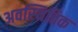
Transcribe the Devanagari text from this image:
अवस्थितिक